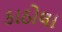
કાઠોલા